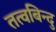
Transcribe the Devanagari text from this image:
तत्वबिन्दु